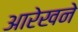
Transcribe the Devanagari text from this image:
आरेखने